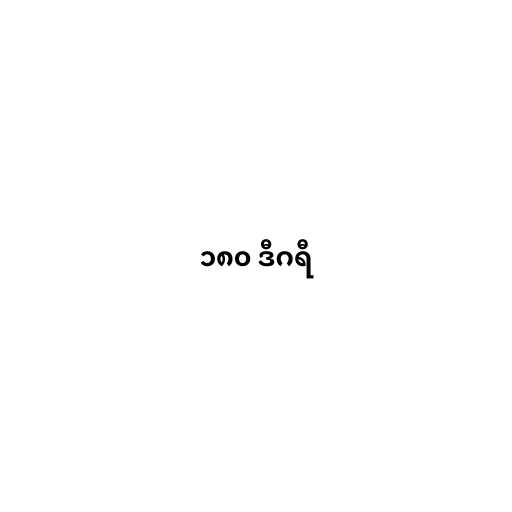
၁၈၀ ဒီဂရီ